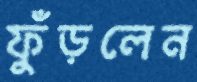
ফুঁড়লেন